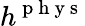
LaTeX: h^{\mathrm{~p~h~y~s~}}